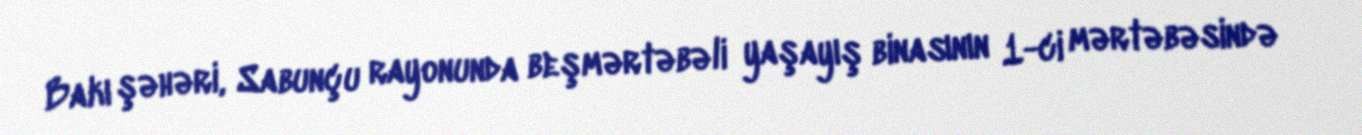
Bakı şəhəri, Sabunçu rayonunda beşmərtəbəli yaşayış binasının 1-ci mərtəbəsində